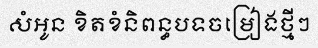
សំអូន ខិតខំនិពន្ធបទចម្រៀងថ្មីៗ